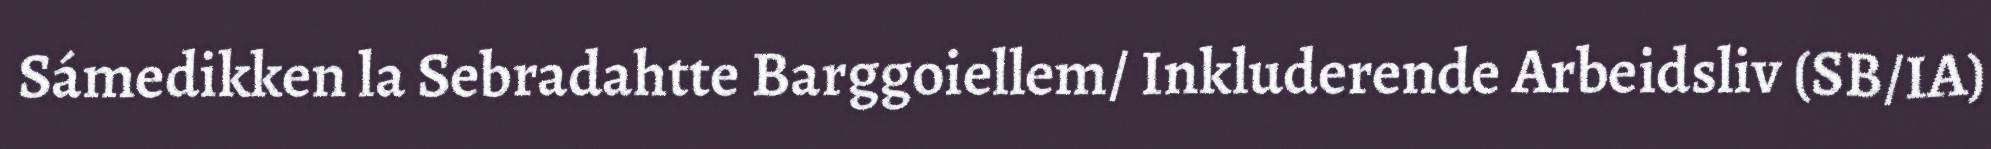
Sámedikken la Sebradahtte Barggoiellem/ Inkluderende Arbeidsliv (SB/IA)